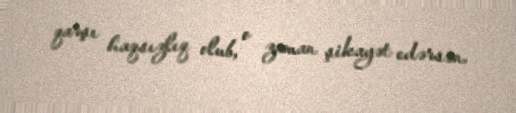
qarşı haqsızlıq olub, o zaman şikayət edərsən.